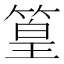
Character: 篁